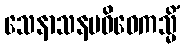
သေနာသနပဝိဝေကသ္မိံ